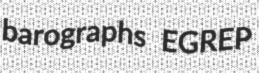
barographs EGREP